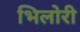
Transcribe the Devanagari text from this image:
भिलोरी